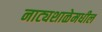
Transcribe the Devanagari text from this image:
नाट्यशाळेमधील